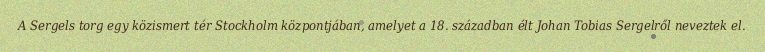
A Sergels torg egy közismert tér Stockholm központjában, amelyet a 18. században élt Johan Tobias Sergelről neveztek el.